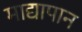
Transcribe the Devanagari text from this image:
माद्यापान